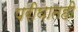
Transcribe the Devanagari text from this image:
परीघातही